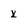
Character: x